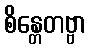
စိန္တေတဗ္ဗာ